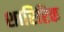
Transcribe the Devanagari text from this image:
शारिरिक